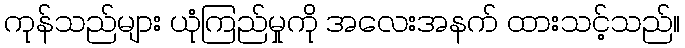
ကုန်သည်များ ယုံကြည်မှုကို အလေးအနက် ထားသင့်သည်။